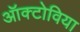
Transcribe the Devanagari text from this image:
ऑक्टोविया